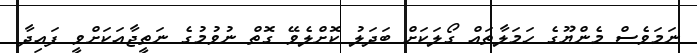
ނަމަވެސް މެންޔޫގެ ހަމަލާތައް ގޯލަކަށް ބަދަލު ކޮށްލެވޭ ގޮތް ނުވުމުގެ ނަތީޖާއަކަށްވީ ފައިދާ